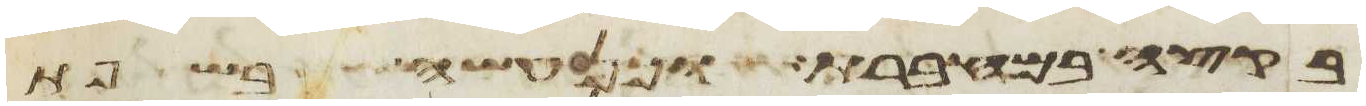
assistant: בקצה במחברת וכן עשה בשפת